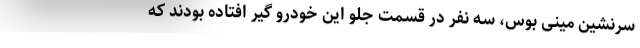
سرنشین مینی بوس، سه نفر در قسمت جلو این خودرو گیر افتاده بودند که